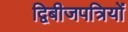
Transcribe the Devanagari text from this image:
द्विबीजपत्रियों